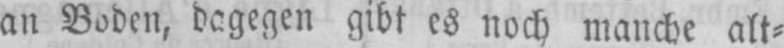
an Boden, dagegen gibt es noch manche alt⸗